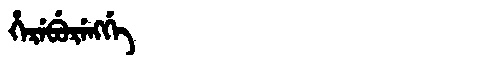
Manchu: ᡥᡝᡵᡝᠪᡠᡵᡝᠩᡤᡝ
Romanization: HEREBURENGGE